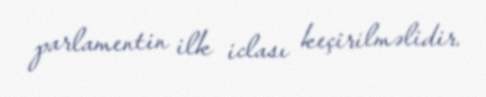
parlamentin ilk iclası keçirilməlidir.